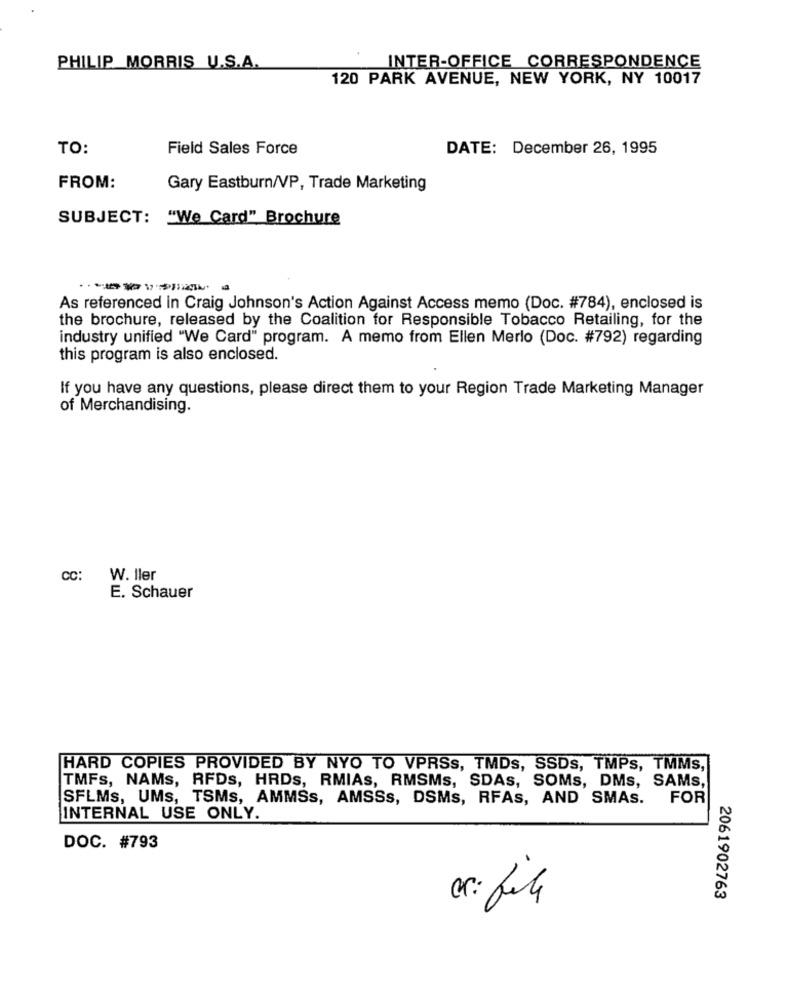
PHILIP MORRIS U.S.A.
INTER-OFFICE CORRESPONDENCE
120 PARK AVENUE, NEW YORK, NY 10017
TO:
Field Sales Force
DATE: December 26, 1995
FROM:
Gary Eastburn/VP, Trade Marketing
SUBJECT: "We Card" Brochure
-------
As referenced in Craig Johnson's Action Against Access memo (Doc. #784), enclosed is
the brochure, released by the Coalition for Responsible Tobacco Retailing, for the
industry unified "We Card" program. A memo from Ellen Merlo (Doc. #792) regarding
this program is also enclosed.
If you have any questions, please direct them to your Region Trade Marketing Manager
of Merchandising.
CC:
W. Iler
E. Schauer
HARD COPIES PROVIDED BY NYO TO VPRSs, TMDs, SSDs, TMPs, TMMs,
TMFs, NAMs, RFDs, HRDs, RMIAs, RMSMs, SDAS, SOMs, DMs, SAMS,
SFLMs, UMs, TSMs, AMMSs, AMSSs, DSMs, RFAs, AND SMAS.
FOR
INTERNAL USE ONLY.
DOC. #793
2061902763